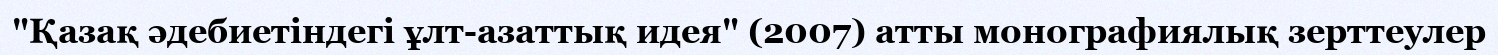
"Қазақ әдебиетіндегі ұлт-азаттық идея" (2007) атты монографиялық зерттеулер